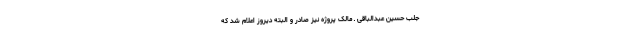
جلب حسین عبدالباقی ـ مالک پروژه نیز صادر و البته دیروز اعلام شد که